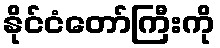
နိုင်ငံတော်ကြီးကို